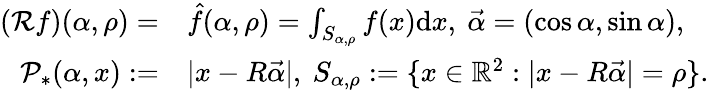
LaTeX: \begin{array}{rl}{(\mathcal Rf)(\alpha,\rho)=}&{\hat{f}(\alpha,\rho)=\int_{S_{\alpha,\rho}}f(x)\mathrm{d}x,\ \vec{\alpha}=(\cos\alpha,\sin\alpha),}\\ {\mathcal P_{*}(\alpha,x):=}&{|x-R\vec{\alpha}|,\ S_{\alpha,\rho}:=\{ x\in\mathbb{R}^{2}:|x-R\vec{\alpha}|=\rho\} .}\end{array}